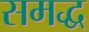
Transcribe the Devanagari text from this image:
समद्ध